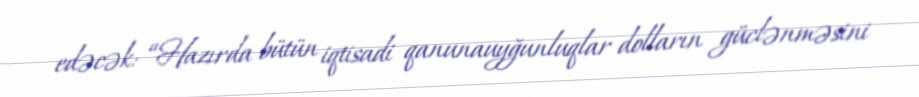
edəcək: “Hazırda bütün iqtisadi qanunauyğunluqlar dolların güclənməsini